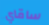
ساقاي